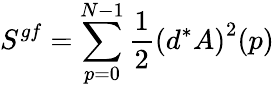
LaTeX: S^{gf}=\sum_{p=0}^{N-1}\frac{1}{2}\left(d^{\ast}A\right)^{2}(p)